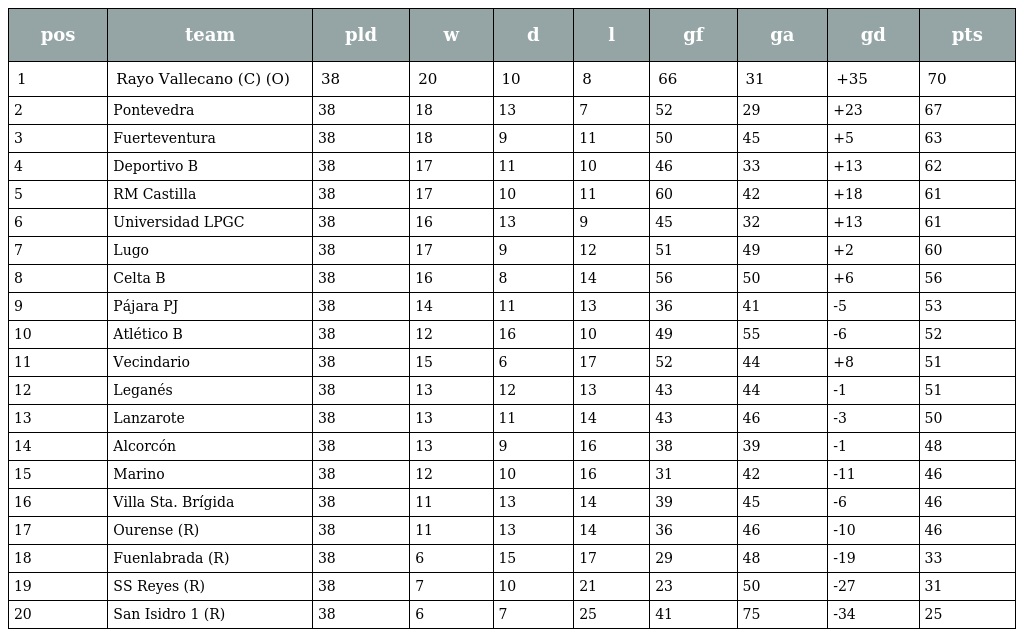
| pos | team | pld | w | d | l | gf | ga | gd | pts |
 | --- | --- | --- | --- | --- | --- | --- | --- | --- | --- |
 | 1 | Rayo Vallecano (C) (O) | 38 | 20 | 10 | 8 | 66 | 31 | +35 | 70 |
 | 2 | Pontevedra | 38 | 18 | 13 | 7 | 52 | 29 | +23 | 67 |
 | 3 | Fuerteventura | 38 | 18 | 9 | 11 | 50 | 45 | +5 | 63 |
 | 4 | Deportivo B | 38 | 17 | 11 | 10 | 46 | 33 | +13 | 62 |
 | 5 | RM Castilla | 38 | 17 | 10 | 11 | 60 | 42 | +18 | 61 |
 | 6 | Universidad LPGC | 38 | 16 | 13 | 9 | 45 | 32 | +13 | 61 |
 | 7 | Lugo | 38 | 17 | 9 | 12 | 51 | 49 | +2 | 60 |
 | 8 | Celta B | 38 | 16 | 8 | 14 | 56 | 50 | +6 | 56 |
 | 9 | Pájara PJ | 38 | 14 | 11 | 13 | 36 | 41 | -5 | 53 |
 | 10 | Atlético B | 38 | 12 | 16 | 10 | 49 | 55 | -6 | 52 |
 | 11 | Vecindario | 38 | 15 | 6 | 17 | 52 | 44 | +8 | 51 |
 | 12 | Leganés | 38 | 13 | 12 | 13 | 43 | 44 | -1 | 51 |
 | 13 | Lanzarote | 38 | 13 | 11 | 14 | 43 | 46 | -3 | 50 |
 | 14 | Alcorcón | 38 | 13 | 9 | 16 | 38 | 39 | -1 | 48 |
 | 15 | Marino | 38 | 12 | 10 | 16 | 31 | 42 | -11 | 46 |
 | 16 | Villa Sta. Brígida | 38 | 11 | 13 | 14 | 39 | 45 | -6 | 46 |
 | 17 | Ourense (R) | 38 | 11 | 13 | 14 | 36 | 46 | -10 | 46 |
 | 18 | Fuenlabrada (R) | 38 | 6 | 15 | 17 | 29 | 48 | -19 | 33 |
 | 19 | SS Reyes (R) | 38 | 7 | 10 | 21 | 23 | 50 | -27 | 31 |
 | 20 | San Isidro 1 (R) | 38 | 6 | 7 | 25 | 41 | 75 | -34 | 25 |